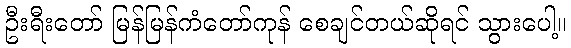
ဦးရီးတော် မြန်မြန်ကံတော်ကုန် စေချင်တယ်ဆိုရင် သွားပေါ့။